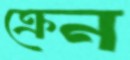
ক্রেন